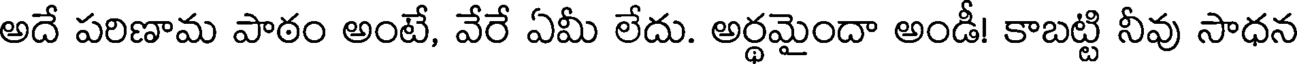
అదే పరిణామ పాఠం అంటే, వేరే ఏమీ లేదు. అర్థమైందా అండీ! కాబట్టి నీవు సాధన